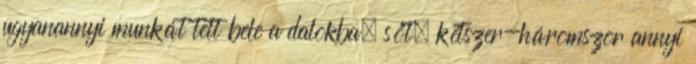
ugyanannyi munkát tett bele a dalokba, sőt, kétszer-háromszor annyi